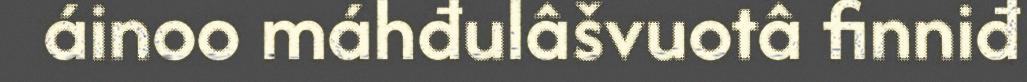
áinoo máhđulâšvuotâ finniđ